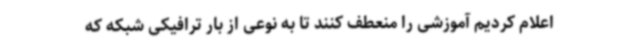
اعلام کردیم آموزشی را منعطف کنند تا به نوعی از بار ترافیکی شبکه که